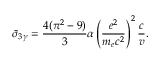
\bar { \sigma } _ { 3 \gamma } = { \frac { 4 ( \pi ^ { 2 } - 9 ) } { 3 } } \alpha \left( \frac { e ^ { 2 } } { m _ { e } c ^ { 2 } } \right) ^ { 2 } { \frac { c } { v } } .